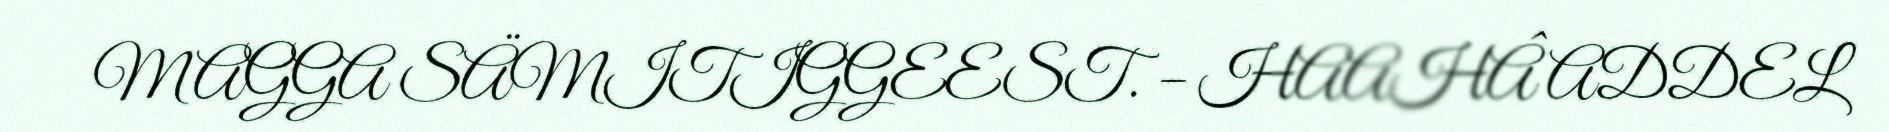
MAGGA SÄMITIGGEEST. – HAAHÂ ADDEL